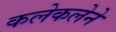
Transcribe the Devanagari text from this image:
कलेकलेने